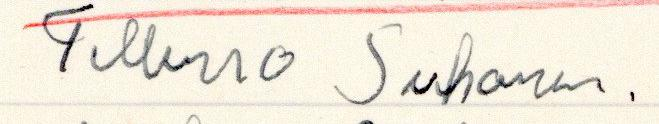
Tellervo Suhonen